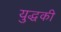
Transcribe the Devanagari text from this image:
युद्धकी